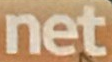
net